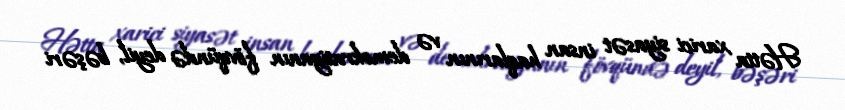
Hətta xarici siyasət insan haqlarının və demokratiyanın fövqündə deyil, bəşəri